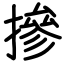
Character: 摻